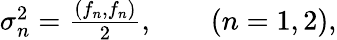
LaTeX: \begin{array}{r}{\sigma_{n}^{2}=\frac{(f_{n},f_{n})}{2},\qquad(n=1,2),}\end{array}